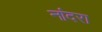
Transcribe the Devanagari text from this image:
नांदरा